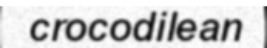
crocodilean